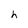
Character: h